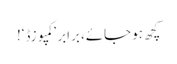
کچھ ہو جائے، برابر ’کمپوزڈ‘!